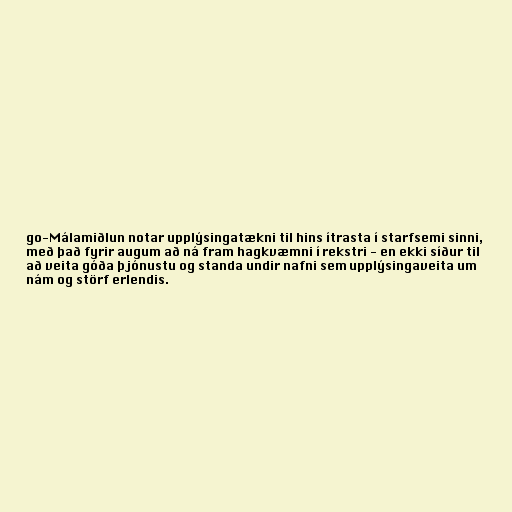
go-Málamiðlun notar upplýsingatækni til hins ítrasta í starfsemi sinni,
með það fyrir augum að ná fram hagkvæmni í rekstri - en ekki síður til
að veita góða þjónustu og standa undir nafni sem upplýsingaveita um
nám og störf erlendis.